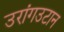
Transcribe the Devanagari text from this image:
उरांगउटान